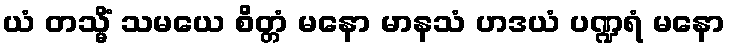
ယံ တသ္မိံ သမယေ စိတ္တံ မနော မာနသံ ဟဒယံ ပဏ္ဍရံ မနော